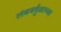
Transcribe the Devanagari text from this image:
लंबवर्तुळाच्या